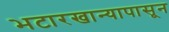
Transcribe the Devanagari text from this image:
भटारखान्यापासून